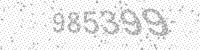
Solution: 985399